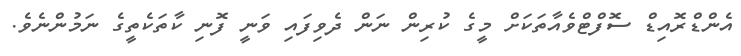
އެންޑްރޮއިޑް ސޮފްޓްވެއާތަކަށް މީގެ ކުރިން ނަން ދެވިފައި ވަނީ ފޮނި ކާތަކެތީގެ ނަމުންނެވެ.